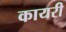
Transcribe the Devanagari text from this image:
कायरी